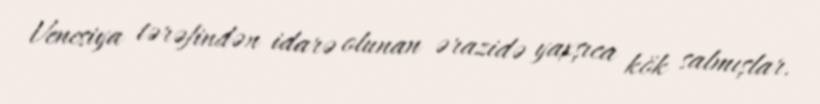
Venesiya tərəfindən idarə olunan ərazidə yaxşıca kök salmışlar.